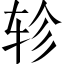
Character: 轸